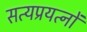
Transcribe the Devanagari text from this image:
सत्यप्रयत्नों